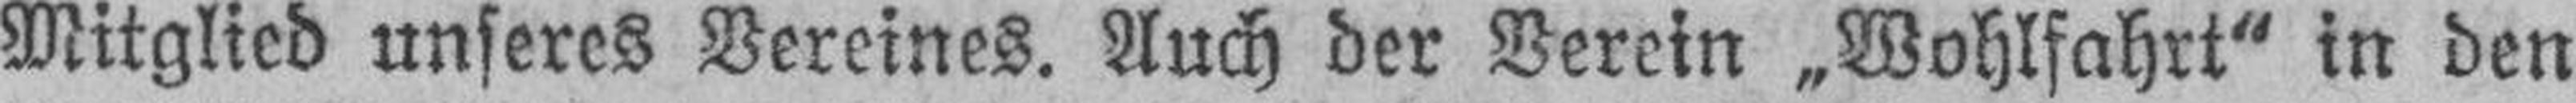
Mitglied unseres Vereines. Auch der Verein „Wohlfahrt“ in den